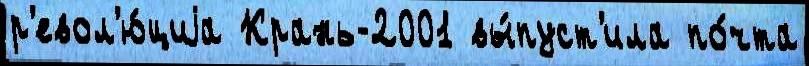
р'евол'ю́циjа Крань-2001 вы́пуст'ила по́чта